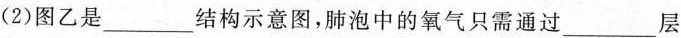
(2)图乙是___结构示意图，肺泡中的氧气只需通过___层